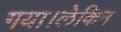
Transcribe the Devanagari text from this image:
गया।लेकिन